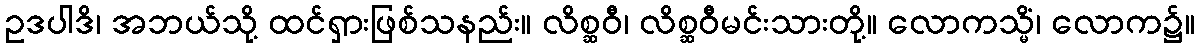
ဥဒပါဒိ၊ အဘယ်သို့ ထင်ရှားဖြစ်သနည်း။ လိစ္ဆဝီ၊ လိစ္ဆဝီမင်းသားတို့။ လောကသ္မိံ၊ လောက၌။